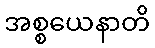
အစ္စယေနာတိ